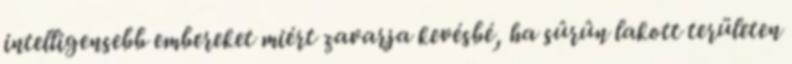
intelligensebb embereket miért zavarja kevésbé, ha sûrûn lakott területen